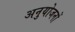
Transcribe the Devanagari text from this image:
अनुयोजनों